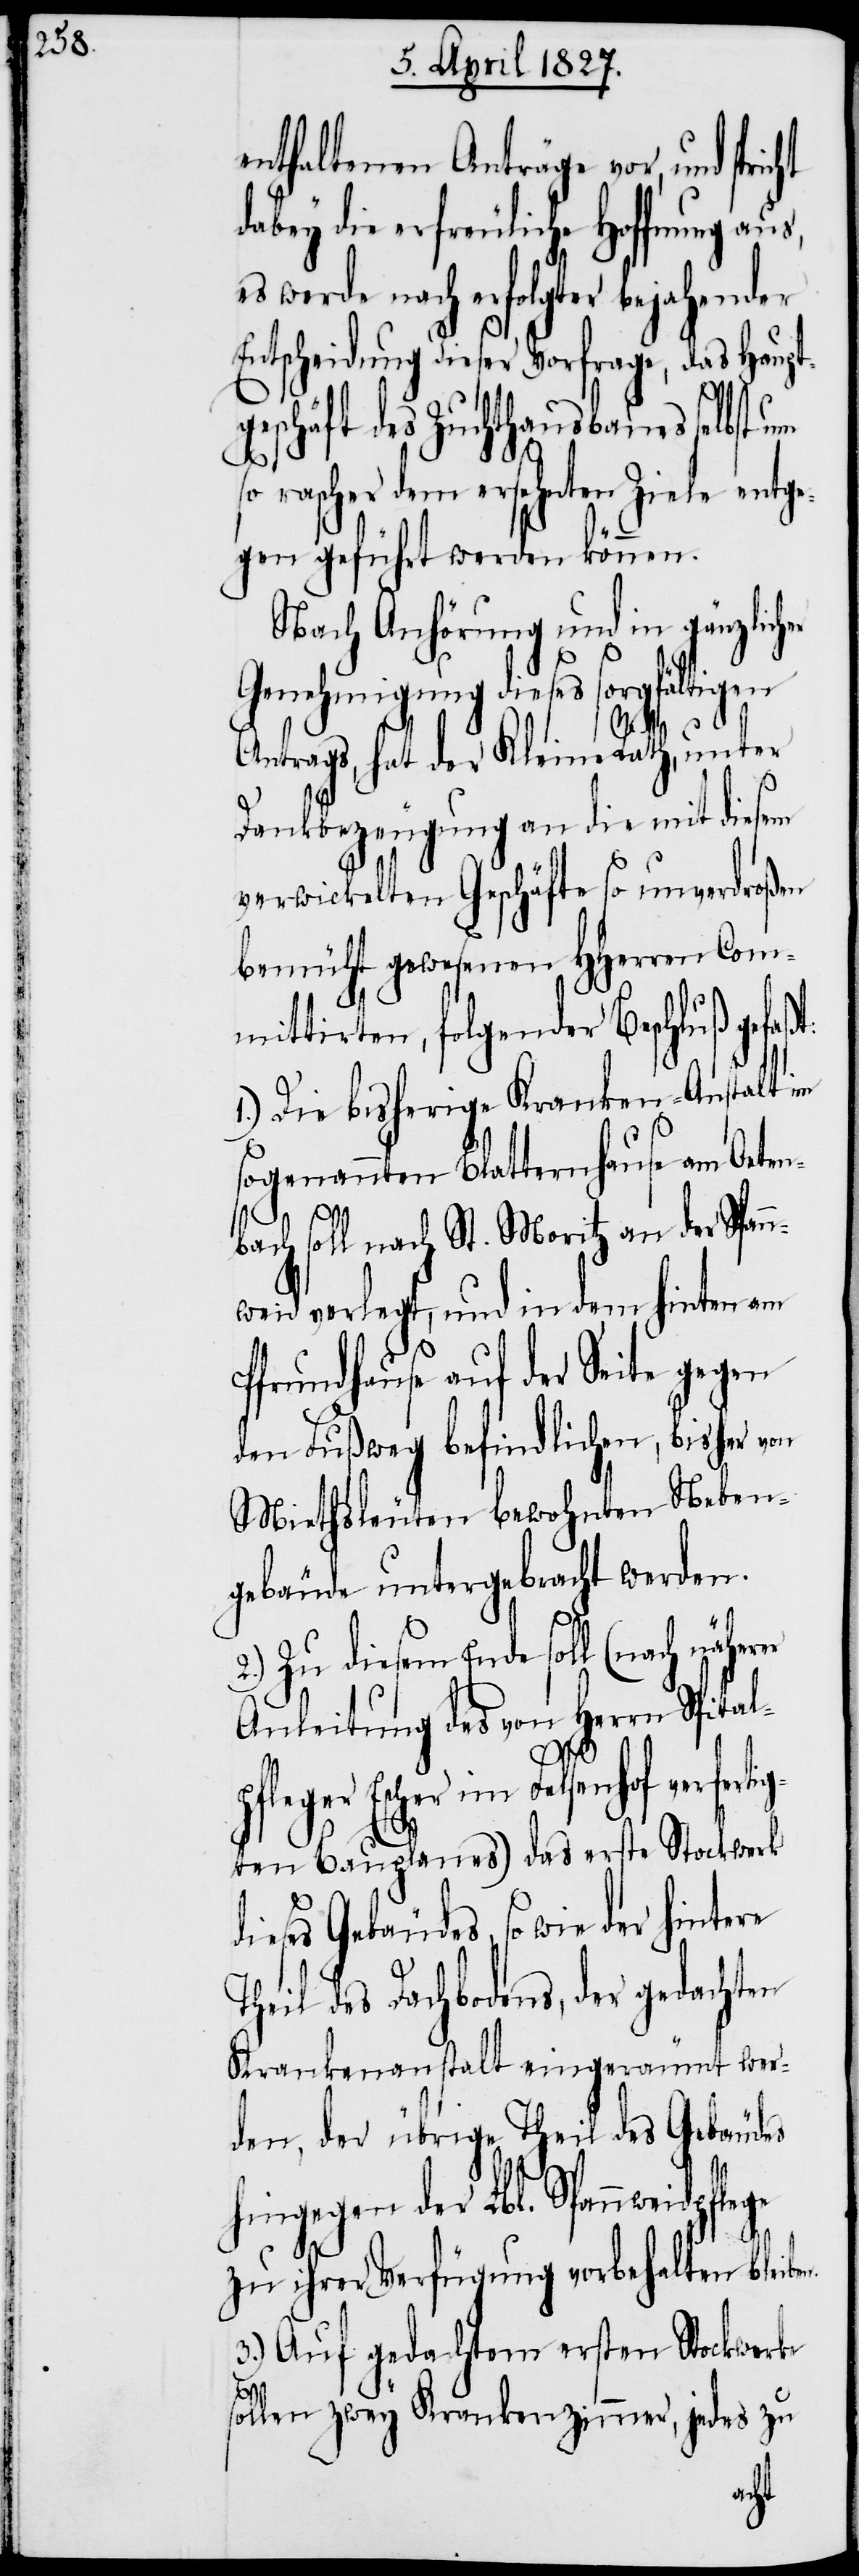
enthaltenen Anträge vor, und spr¬
abey die erfreuliche Hoffnung
es werde nach erfolgter bejahender
ntscheidung dieser Vorfrage, das Haupt¬
geschäft des Zuchthausbaues selbst um
so rascher dem ersehnten Ziele entge¬
gen geführt werden können.
Nach Anhörung und in gänzlich¬
Genehmigung dieses sorgfältigen
Antrags, hat der Kleine Rath, unter
Dankbezeugung an die mit diesem
verwickelten Geschäfte so unverdroßen
bemüht gewesenen HHerren Com¬
mittirten, folgenden Beschluß gefaß¬
Die bisherige Kranken-Anstalt im
sogenannten Blatternhause am Oeten¬
n.
1.)
bach soll nach St. Moritz an der Spann¬
weid verlegt, und in dem hinten am
Pfrundhause auf der Seite gegen
den Fußweg befindlichen, bisher von
Miethsleuten bewohnten Neben¬
gebäude untergebracht werden.
2.) Zu diesem Ende soll (nach näherer
Anleitung des von Herrn Spital¬
wie der hintere
ten Bauplanes) das erste Stockwerk
Theil des Dachbodens, der gedachten
Krankenanstalt eingeräumt wer¬
den, der übrige Theil des Gebäudes
hingegen der Lbl. Spannweidpflege
zu ihrer Verfügung vorbehalten bleibe¬
3.) Auf gedachtem erstem Stockwerke
so
sollen zwey Krankenzimmer, jedes zu
icht